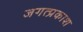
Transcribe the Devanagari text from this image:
जगत्प्रकाश